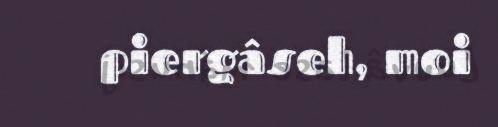
piergâseh, moi